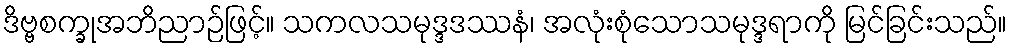
ဒိဗ္ဗစက္ခုအဘိညာဉ်ဖြင့်။ သကလသမုဒ္ဒဒဿနံ၊ အလုံးစုံသောသမုဒ္ဒရာကို မြင်ခြင်းသည်။